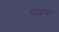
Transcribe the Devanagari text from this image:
पेच्निक